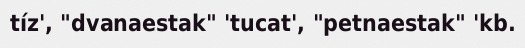
tíz', "dvanaestak" 'tucat', "petnaestak" 'kb.